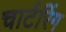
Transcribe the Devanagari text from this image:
चार्टरिंग